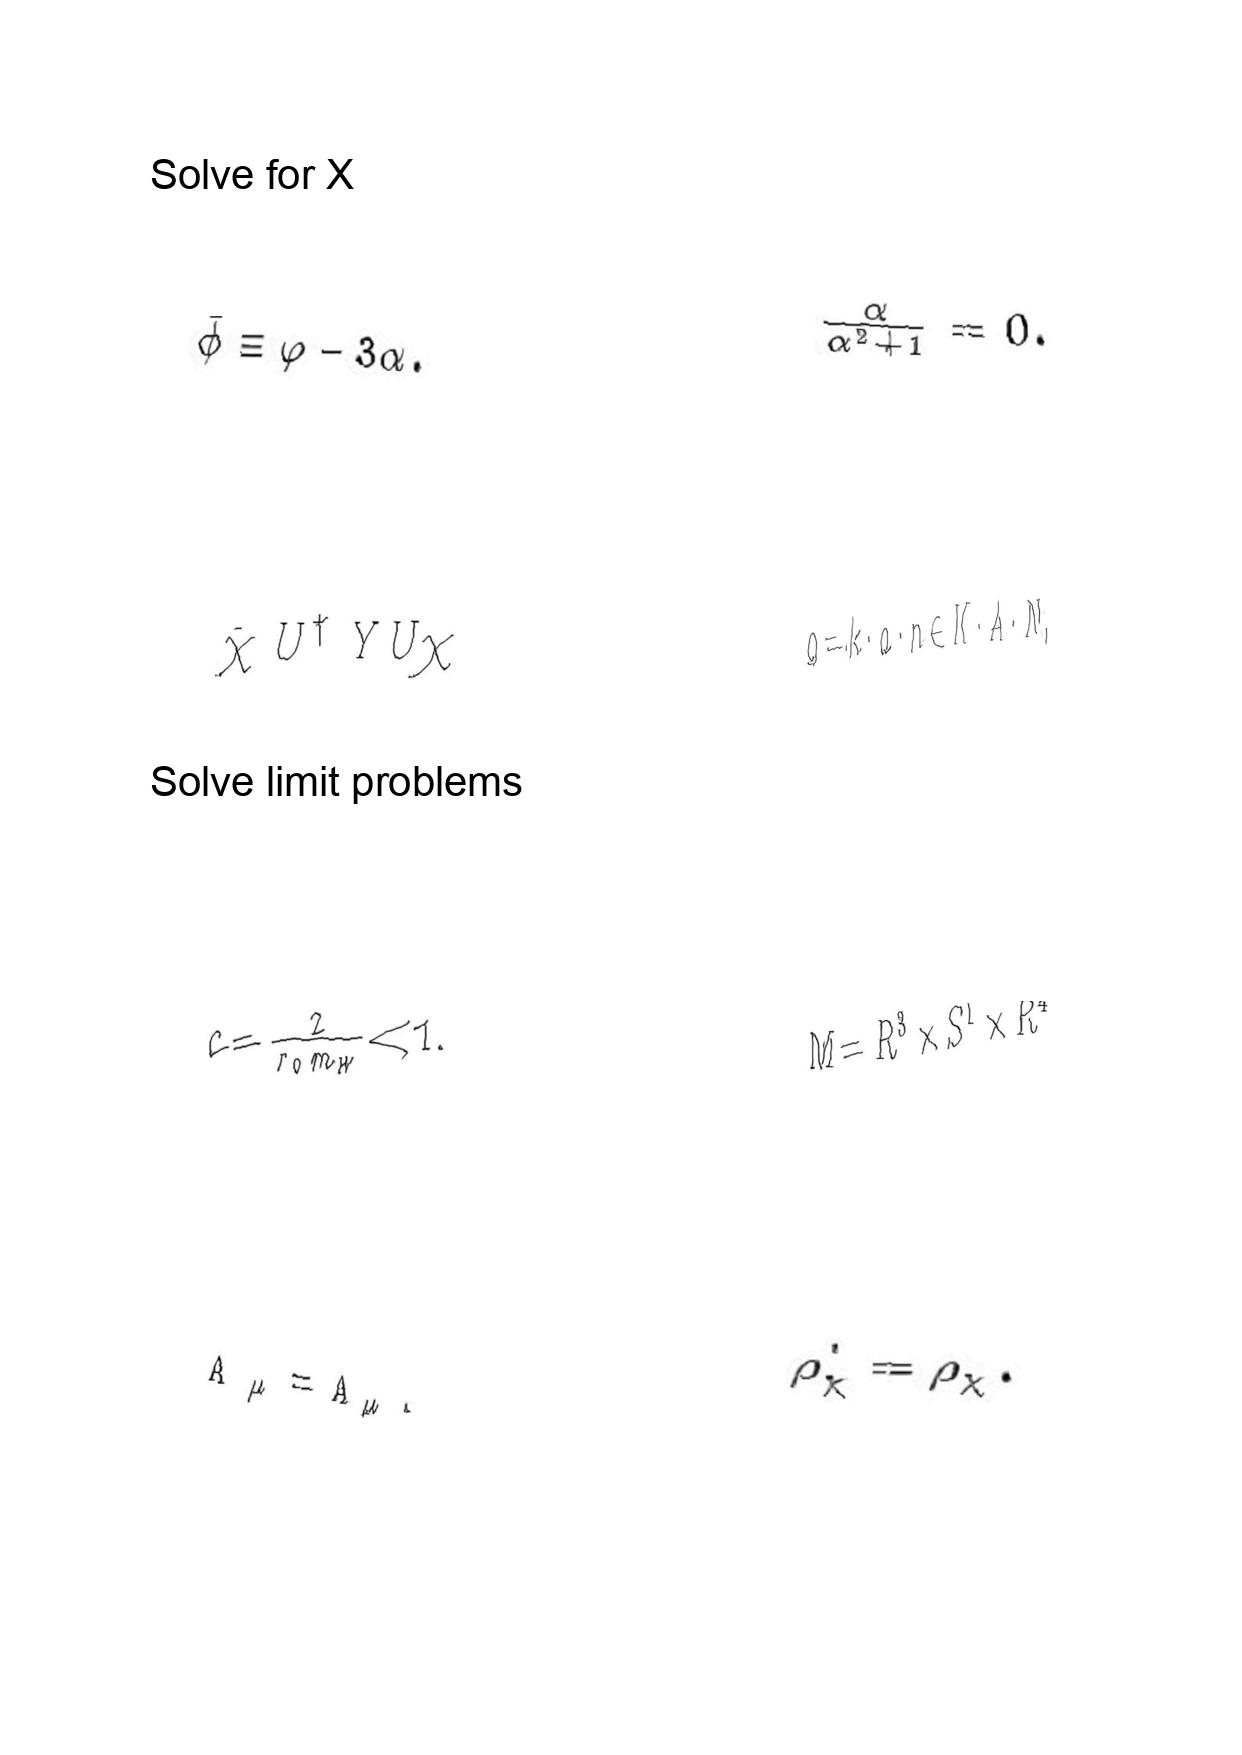
LaTeX transcription:
\bar { \phi } \equiv \varphi - 3 \alpha .
\bar { \chi } U ^ { \dag } Y U \chi
c = \frac { 2 } { r _ { 0 } m _ { W } } \ll 1 .
\tilde { A } _ { \mu } = A _ { \mu } .
\frac { \alpha } { \alpha ^ { 2 } + 1 } = 0 .
g = k \cdot a \cdot n \in K \cdot A \cdot N ,
M = R ^ { 3 } \times S ^ { 1 } \times R ^ { 4 }
\rho _ { \chi } ^ { \prime } = \rho _ { \chi } .